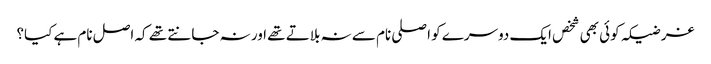
غرضیکہ کوئی بھی شخص ایک دوسرے کو اصلی نام سے نہ بلاتے تھے اور نہ جانتے تھے کہ اصل نام ہے کیا؟